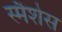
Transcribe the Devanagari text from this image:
स्मैशेस